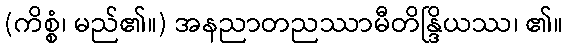
(ကိစ္စံ၊ မည်၏။) အနညာတညဿာမီတိန္ဒြိယဿ၊ ၏။